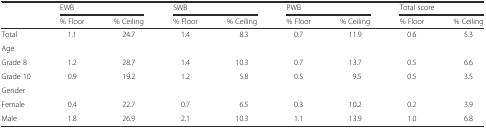
<table><thead><tr><td rowspan="2"></td><td colspan="2"><b>EWB</b></td><td colspan="2"><b>SWB</b></td><td colspan="2"><b>PWB</b></td><td colspan="2"><b>Total score</b></td></tr><tr><td><b>% Floor</b></td><td><b>% Ceiling</b></td><td><b>% Floor</b></td><td><b>% Ceiling</b></td><td><b>% Floor</b></td><td><b>% Ceiling</b></td><td><b>% Floor</b></td><td><b>% Ceiling</b></td></tr></thead><tbody><tr><td>Total</td><td>1.1</td><td>24.7</td><td>1.4</td><td>8.3</td><td>0.7</td><td>11.9</td><td>0.6</td><td>5.3</td></tr><tr><td>Age</td><td></td><td></td><td></td><td></td><td></td><td></td><td></td><td></td></tr><tr><td>Grade 8</td><td>1.2</td><td>28.7</td><td>1.4</td><td>10.3</td><td>0.7</td><td>13.7</td><td>0.5</td><td>6.6</td></tr><tr><td>Grade 10</td><td>0.9</td><td>19.2</td><td>1.2</td><td>5.8</td><td>0.5</td><td>9.5</td><td>0.5</td><td>3.5</td></tr><tr><td>Gender</td><td></td><td></td><td></td><td></td><td></td><td></td><td></td><td></td></tr><tr><td>Female</td><td>0.4</td><td>22.7</td><td>0.7</td><td>6.5</td><td>0.3</td><td>10.2</td><td>0.2</td><td>3.9</td></tr><tr><td>Male</td><td>1.8</td><td>26.9</td><td>2.1</td><td>10.3</td><td>1.1</td><td>13.9</td><td>1.0</td><td>6.8</td></tr></tbody></table>